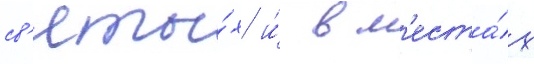
св'яты́х и́ в м'еста́х